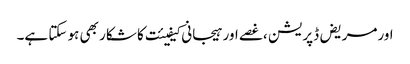
اورمریض ڈپریشن ،غصے اور ہیجانی کیفیئت کا شکار بھی ہو سکتا ہے۔